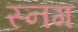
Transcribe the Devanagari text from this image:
स्नग